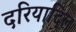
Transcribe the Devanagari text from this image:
दरियादिल